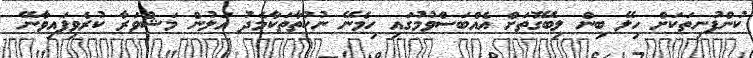
ކުންފުނިތަކަށް ހިލޭ ބިން ލިބޭގޮތަށް އެއްބަސްވުމުގައި ހިމެނޭ ނުކުތާތަކާމެދު އަލުން މަޝްވަރާ ކުރެވިފައިވާނޭ